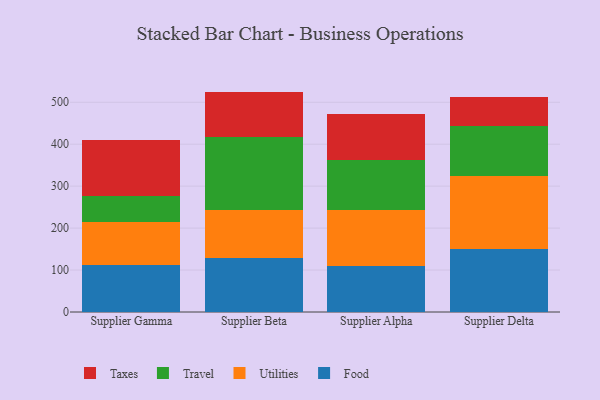
{"axis": {"x": "Supplier", "y": "Page Views"}, "legend": ["Food", "Taxes", "Travel", "Utilities"], "data": [{"x": "Supplier Gamma", "y": 112.8, "type": "Food"}, {"x": "Supplier Gamma", "y": 101.5, "type": "Utilities"}, {"x": "Supplier Gamma", "y": 62.0, "type": "Travel"}, {"x": "Supplier Gamma", "y": 133.7, "type": "Taxes"}, {"x": "Supplier Beta", "y": 129.3, "type": "Food"}, {"x": "Supplier Beta", "y": 113.3, "type": "Utilities"}, {"x": "Supplier Beta", "y": 175.1, "type": "Travel"}, {"x": "Supplier Beta", "y": 107.7, "type": "Taxes"}, {"x": "Supplier Alpha", "y": 110.6, "type": "Food"}, {"x": "Supplier Alpha", "y": 133.4, "type": "Utilities"}, {"x": "Supplier Alpha", "y": 118.7, "type": "Travel"}, {"x": "Supplier Alpha", "y": 109.1, "type": "Taxes"}, {"x": "Supplier Delta", "y": 150.2, "type": "Food"}, {"x": "Supplier Delta", "y": 173.2, "type": "Utilities"}, {"x": "Supplier Delta", "y": 119.6, "type": "Travel"}, {"x": "Supplier Delta", "y": 69.1, "type": "Taxes"}]}